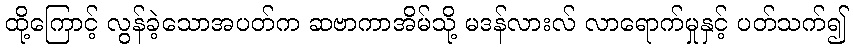
ထို့ကြောင့် လွန်ခဲ့သောအပတ်က ဆဗာကာအိမ်သို့ မဒန်လားလ် လာရောက်မှုနှင့် ပတ်သက်၍